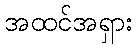
အထင်အရှား